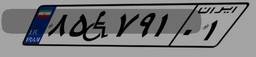
۸۵W۷۹۱۰۱